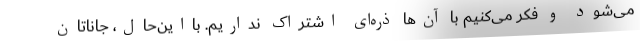
می‌شود و فکر می‌کنیم با آن‌ها ذره‌ای اشتراک نداریم. بااین‌حال، جاناتان